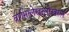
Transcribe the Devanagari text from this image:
वर्णमालेखालोखाल